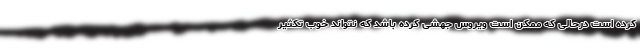
کرده است درحالی که ممکن است ویروس جهشی کرده باشد که نتواند خوب تکثیر